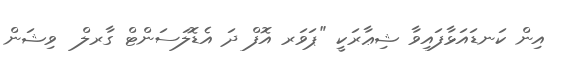
އިން ކަނޑައަޅާފައިވާ ޝިޢާރަކީ "ޕަވަރ އޮފް ދަ އެޑޮލަސަންޓް ގާރލް  ވިޝަން